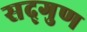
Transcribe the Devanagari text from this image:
सद्‌गुण